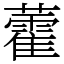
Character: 藿